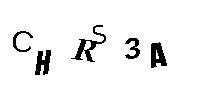
CHRS3A